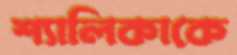
শ্যালিকাকে